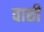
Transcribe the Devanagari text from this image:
वाछी